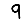
Digit: 9